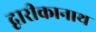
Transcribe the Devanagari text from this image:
द्वारीकानाथ